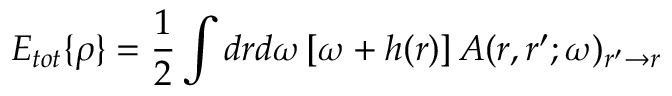
E _ { t o t } \{ \rho \} = \frac 1 2 \int d r d \omega \left[ \omega + h ( r ) \right] A ( r , r ^ { \prime } ; \omega ) _ { r ^ { \prime } \to r }